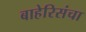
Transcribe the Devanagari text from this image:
बाहेरिसंचा